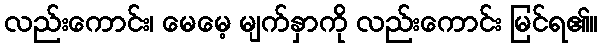
လည်းကောင်း၊ မေမေ့ မျက်နှာကို လည်းကောင်း မြင်ရ၏။